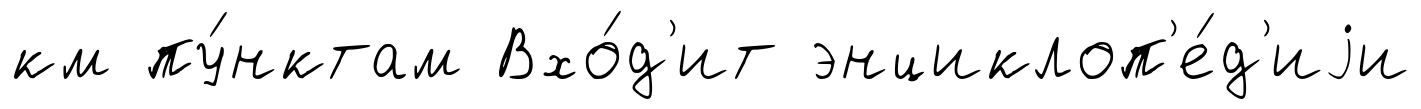
км пу́нктам Вхо́д'ит энциклоп'е́д'иjи